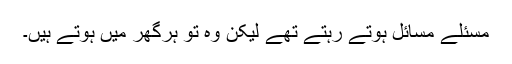
مسئلے مسائل ہوتے رہتے تھے لیکن وہ تو ہرگھر میں ہوتے ہیں۔